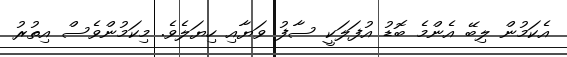
އެކަމުން ލިބޭ އެންމެ ބޮޑު އުފަލަކީ ސާފު ވަޔާއި ހިޔަލެވެ. މިކަމުންވެސް އިތުރު